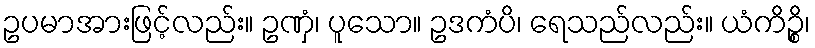
ဥပမာအားဖြင့်လည်း။ ဥဏှံ၊ ပူသော။ ဥဒကံပိ၊ ရေသည်လည်း။ ယံကိဉ္စိ၊